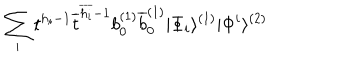
\sum _ { i } t ^ { h _ { i } - 1 } \overline { { { t } } } ^ { \overline { { { h _ { i } } } } - 1 } b _ { 0 } ^ { ( 1 ) } \overline { { { b } } } _ { 0 } ^ { ( 1 ) } | \Phi _ { i } \rangle ^ { ( 1 ) } | \Phi ^ { i } \rangle ^ { ( 2 ) }